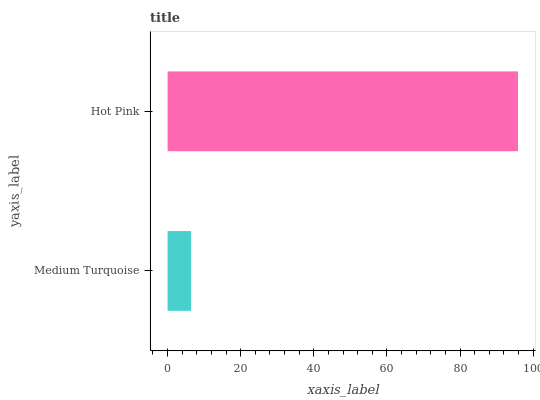
| yaxis_label | bars |
 | --- | --- |
 | Medium Turquoise | 6.42 |
 | Hot Pink | 95.8 |